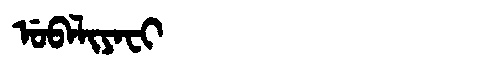
Manchu: ᡠᠪᠠᠯᡳᠶᠠᠸᡳ
Romanization: UBALIYAFI